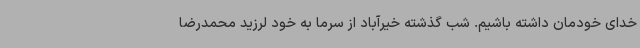
خدای خودمان داشته باشیم. شب گذشته خیرآباد از سرما به خود لرزید محمدرضا